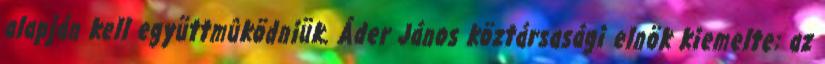
alapján kell együttmûködniük. Áder János köztársasági elnök kiemelte: az